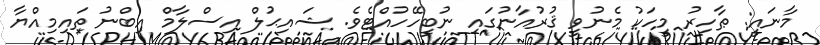
މާނައީ: ޠާހިރު މީހަކު މެނުވީ ޤުރުއާނުގައި ނުބީހޭހުއްޓެވެ. ޝައިޙުލް އިސްލާމް އިބްނު ތައިމިއްޔާ